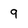
Character: q